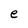
Character: e